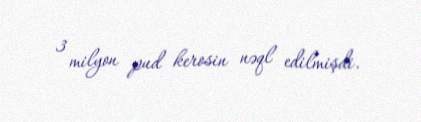
3 milyon pud kerosin nəql edilmişdi.